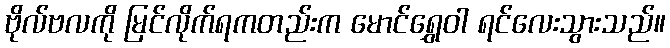
ဗိုလ်ဗလကို မြင်လိုက်ရကတည်းက မောင်ရွှေဝါ ရင်လေးသွားသည်။